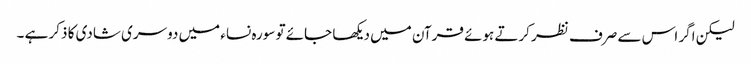
لیکن اگر اس سے صرف نظر کرتے ہوئے قرآن میں دیکھا جائے تو سورہ نساء میں دوسری شادی کا ذکر ہے ۔